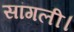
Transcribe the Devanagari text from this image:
सांगली।